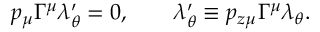
p _ { \mu } \Gamma ^ { \mu } \lambda _ { \theta } ^ { \prime } = 0 , \qquad \lambda _ { \theta } ^ { \prime } \equiv p _ { z \mu } \Gamma ^ { \mu } \lambda _ { \theta } .